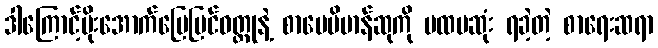
ဒါကြောင့်မိုးအောက်မြေပြင်ဝတ္ထုနဲ့ စာပေဗိမာန်ဆုကို ပထမဆုံး ရခဲ့တဲ့ စာရေးဆရာ